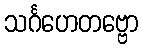
သင်္ဂဟေတဗ္ဗော